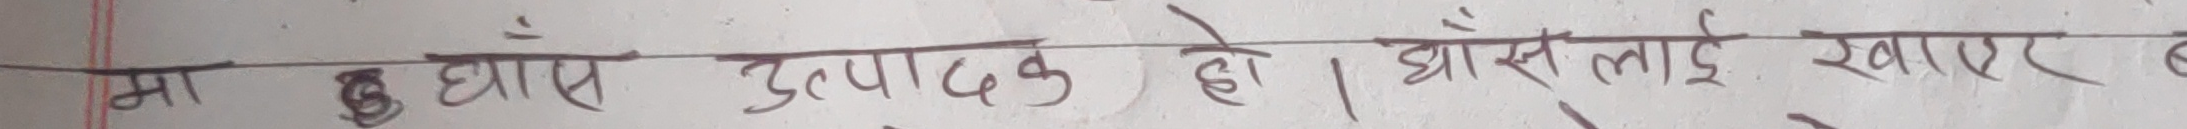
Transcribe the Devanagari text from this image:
मांस घास उत्पादक हो। घाँसलाई खाएर बाच्